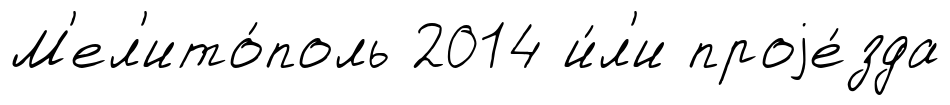
М'ел'ито́поль 2014 и́л'и проjе́зда